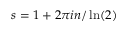
s = 1 + 2 \pi i n / \ln ( 2 )